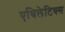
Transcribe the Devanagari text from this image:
एथिलेटिक्स